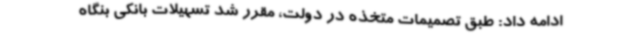
ادامه داد: طبق تصمیمات متخذه در دولت، مقرر شد تسهیلات بانکی بنگاه